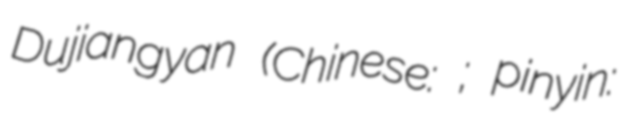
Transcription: Dujiangyan (Chinese: 都江堰; pinyin: